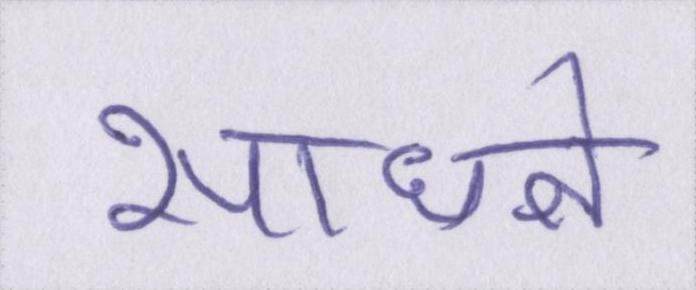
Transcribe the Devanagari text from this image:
साधने